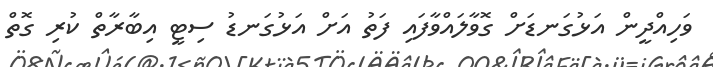
ވަހިއްދީން އަޅުގަނޑަށް ގޮވާލައްވާފައި ފަތު އަށް އަޅުގަނޑު ސިޓީ އިބާރާތް ކުރި ގޮތް